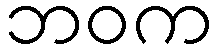
ဘဝက